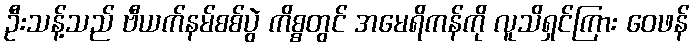
ဦးသန့်သည် ဗီယက်နမ်စစ်ပွဲ ကိစ္စတွင် အမေရိကန်ကို လူသိရှင်ကြား ဝေဖန်